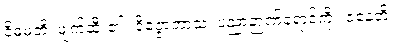
ဝိဓမတိ၊ ဖျက်ဆီး၏။ ဝိဇ္ဇောဘာသံ၊ ပညာဉာဏ်ရောင်ကို။ ဇနေတိ၊